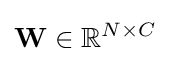
\mathbf {W} \in \mathbb {R} ^{N\times C}